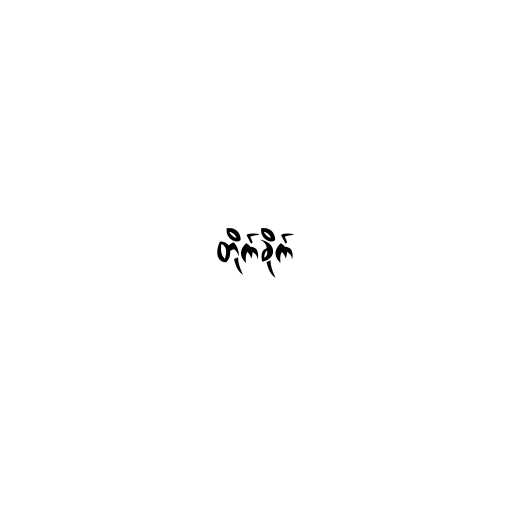
တိုက်ခိုက်